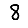
Digit: 8